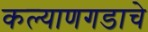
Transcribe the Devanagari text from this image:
कल्याणगडाचे